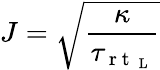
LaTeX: J=\sqrt{\frac{\kappa}{\tau_{\mathrm{~r~t~}_{\mathrm{~L~}}}}}